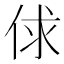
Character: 俅